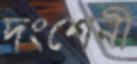
দংশেনী